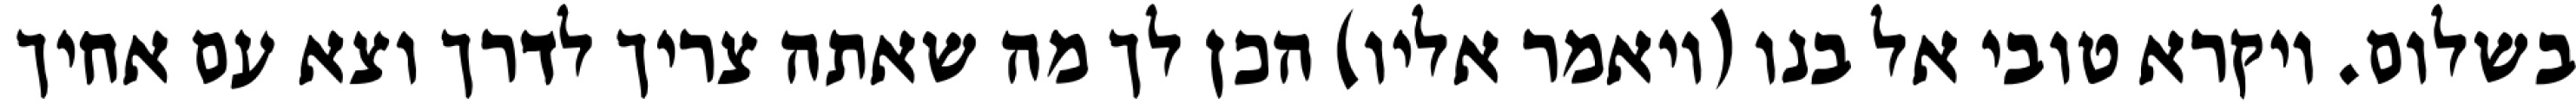
בשלום. ויקרא טובי אל בנו (ויאמר אליו) הכן לך מה שאתה צריך לדרך וצא עם אחיך